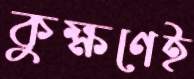
কুক্ষণেই